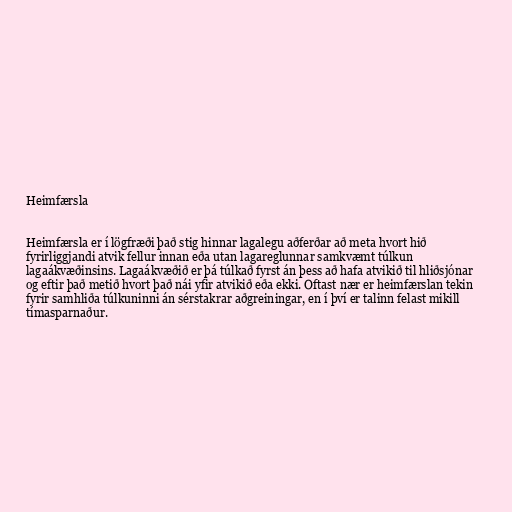
Heimfærsla

Heimfærsla er í lögfræði það stig hinnar lagalegu aðferðar að meta hvort hið
fyrirliggjandi atvik fellur innan eða utan lagareglunnar samkvæmt túlkun
lagaákvæðinsins. Lagaákvæðið er þá túlkað fyrst án þess að hafa atvikið til hliðsjónar
og eftir það metið hvort það nái yfir atvikið eða ekki. Oftast nær er heimfærslan tekin
fyrir samhliða túlkuninni án sérstakrar aðgreiningar, en í því er talinn felast mikill
tímasparnaður.